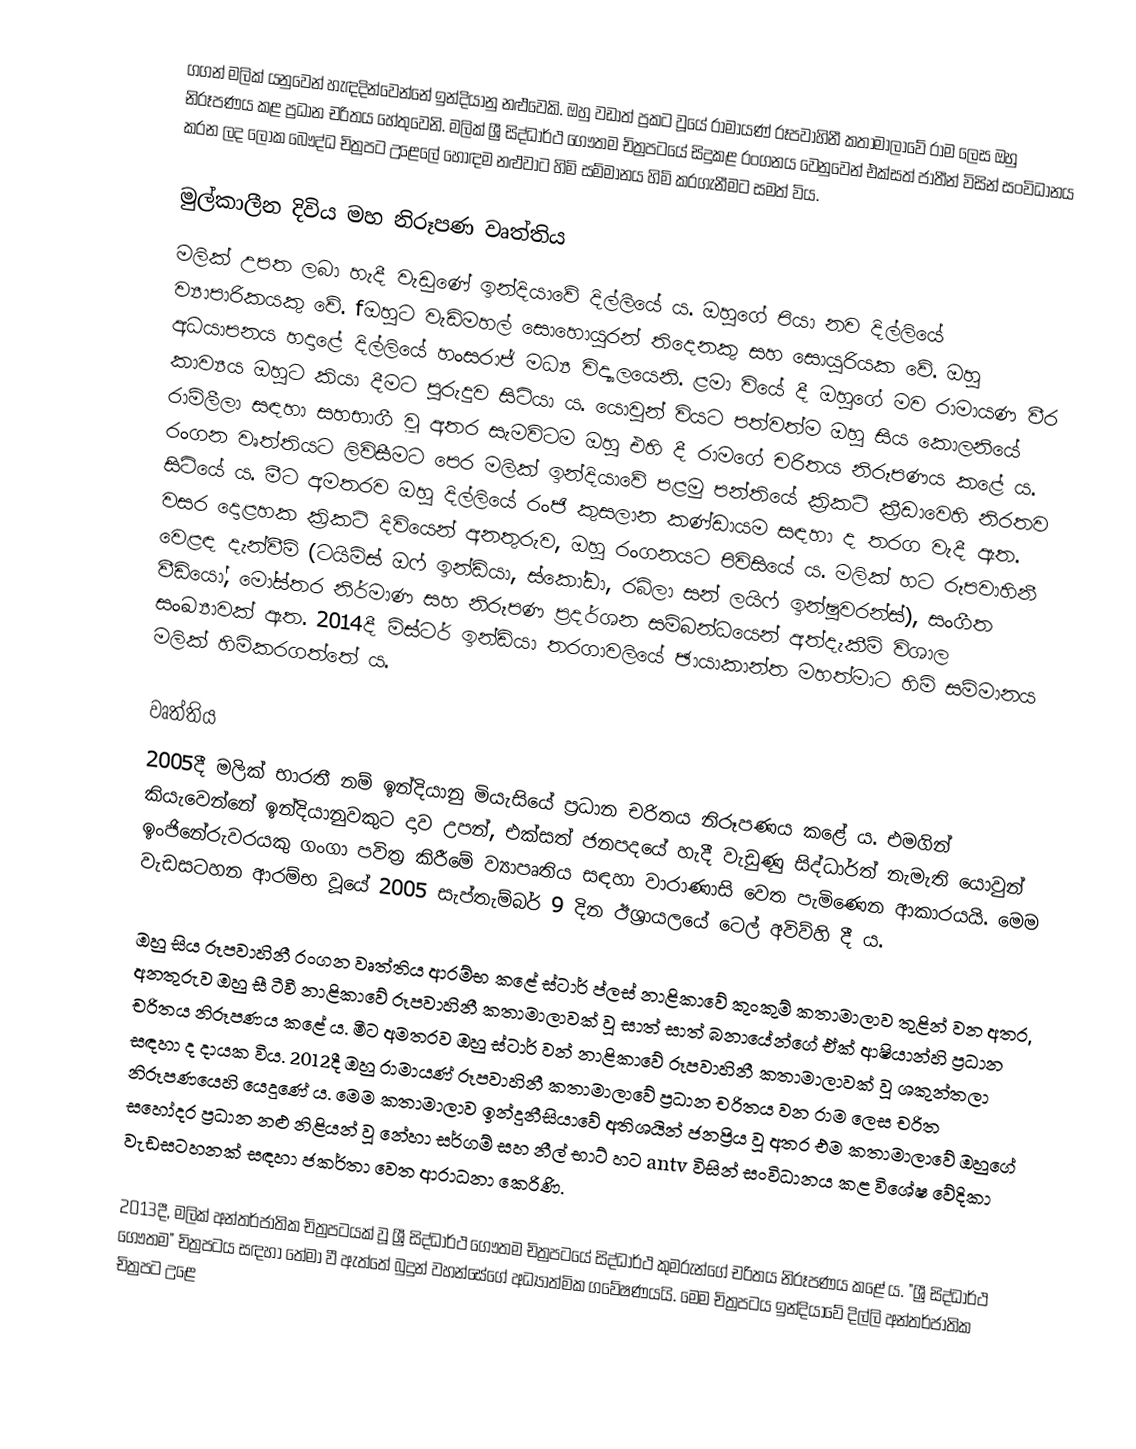
ගගන් මලික් යනුවෙන් හැඳදින්වෙන්නේ ඉන්දියානු නළුවෙකි. ඔහු වඩාත් ප්‍රකට වූයේ රාමායණ් රූපවාහිනී කතාමාලාවේ රාම ලෙස ඔහු නිරූපණය කළ ප්‍රධාන චරිතය හේතුවෙනි. මලික් ශ්‍රී සිද්ධාර්ථ ගෞතම චිත්‍රපටයේ සිදුකළ රංගනය වෙනුවෙන් එක්සත් ජාතීන් විසින් සංවිධානය කරන ලද ලෝක බෞද්ධ චිත්‍රපට උළෙලේ හොඳම නළුවාට හිමි සම්මානය හිමි කරගැනීමට සමත් විය.

මුල්කාලීන දිවිය මහ නිරූපණ වෘත්තිය
මලික් උපත ලබා හැදී වැඩුණේ ඉන්දියාවේ දිල්ලියේ ය. ඔහුගේ පියා නව දිල්ලියේ ව්‍යාපාරිකයකු වේ. fඔහුට වැඩිමහල් ‍සොහොයුරන් තිදෙනකු සහ සොයුරියක වේ. ඔහු අධයාපනය හදාළේ දිල්ලියේ හංසරාජ් මධ්‍ය විද්‍යාලයෙනි. ළමා වියේ දී ඔහු‍ගේ මව රාමායණ වීර කාව්‍යය ඔහුට කියා දීමට පුරුදුව සිටියා ය. යොවුන් වියට පත්වත්ම ඔහු සිය කොලනියේ රාම්ලීලා සඳහා සහභාගී වූ අතර සැමවිටම ඔහු එහි දී රාමගේ චරිතය නිරූපණය කළේ ය. රංගන වෘත්තියට ලිවිසීමට පෙර මලික් ඉන්දියාවේ පළමු පන්තියේ ක්‍රිකට් ක්‍රීඩාවෙහි නිරතව සිටියේ ය. මීට අමතරව ඔහු දිල්ලියේ රංජි කුසලාන කණ්ඩායම සඳහා ද තරග වැදී ඇත. වසර දොළහක ක්‍රිකට් දිවියෙන් අනතුරුව, ඔහු රංගනයට පිවිසියේ ය. මලික් හට රූපවාහිනී වෙළඳ දැන්වීම් (ටයිම්ස් ඔෆ් ඉන්ඩියා, ස්කෝඩා, රබ්ලා සන් ලයිෆ් ඉන්ෂුවරන්ස්), සංගීත වීඩියෝ, මෝස්තර නිර්මාණ සහ නිරූපණ ප්‍රදර්ශන සම්බන්ධයෙන් අත්දැකීම් විශාල සංඛ්‍යාවක් ඇත. 2014දී මිස්ටර් ඉන්ඩියා තරගාවලියේ ඡායාකාන්ත මහත්මාට හිමි සම්මානය මලික් හිමිකරගත්තේ ය.

වෘත්තිය
2005දී මලික් භාරතී නම් ඉන්දියානු මියැසියේ ප්‍රධාන චරිතය නිරූපණය කළේ ය. එමගින් කියැවෙන්නේ ඉන්දියානුවකුට දාව උපන්, එක්සත් ජනපදයේ හැදී වැඩුණු සිද්ධාර්ත් නැමැති යොවුන් ඉංජිනේරුවරයකු ගංගා පවිත්‍ර කිරීමේ ව්‍යාපෘතිය සඳහා වාරාණාසි වෙත පැමිණෙන ආකාරයයි. මෙම වැඩසටහන ආරම්භ වූයේ 2005 සැප්තැම්බර් 9 දින ඊශ්‍රායලයේ ටෙල් අවිව්හි දී ය.

ඔහු සිය රූපවාහිනී රංගන වෘත්තිය ආරම්භ කළේ ස්ටාර් ප්ලස් නාළිකාවේ කුංකුම් කතාමාලාව තුළින් වන අතර, අනතුරුව ඔහු සී ටීවී නාළිකාවේ රූපවාහිනී කතාමාලාවක් වූ සාත් සාත් බනායේන්ගේ ඒක් ආෂියාන්හි ප්‍රධාන චරිතය නිරූපණය කළේ ය. මීට අමතරව ඔහු ස්ටාර් වන් නාළිකාවේ රූපවාහිනී කතාමාලාවක් වූ ශකුන්තලා සඳහා ද දායක විය. 2012දී ඔහු රාමායණ් රූපවාහිනී කතාමාලාවේ ප්‍රධාන චරිතය වන රාම ලෙස චරිත නිරූපණයෙහි යෙදුණේ ය. මෙම කතාමාලාව ඉන්දුනීසියාවේ අතිශයින් ජනප්‍රිය වූ අතර එම කතාමාලාවේ ඔහුගේ සහෝදර ප්‍රධාන නළු නිළියන් වූ නේහා සර්ගම් සහ නීල් භාට් හට antv විසින් සංවිධානය කළ විශේෂ වේදිකා වැඩසටහනක් සඳහා ජකර්තා වෙත ආරාධනා කෙරිණි.

2013දී, මලික් අන්තර්ජාතික චිත්‍රපටයක් වූ ශ්‍රී සිද්ධාර්ථ ගෞතම චිත්‍රපටයේ සිද්ධාර්ථ කුමරුන්ගේ චරිතය නිරූපණය කළේ ය. "ශ්‍රී සිද්ධාර්ථ ගෞතම" චිත්‍රපටය සඳහා තේමා වී ඇත්තේ බුදුන් වහන්සේගේ අධ්‍යාත්මික ගවේෂණයයි. මෙම චිත්‍රපටය ඉන්දියාවේ දිල්ලි අන්තර්ජාතික චිත්‍රපට උළෙ